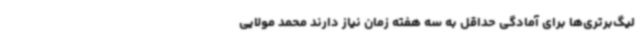
لیگ‌برتری‌ها برای آمادگی حداقل به سه هفته زمان نیاز دارند محمد مولایی